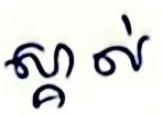
ស្គាល់